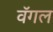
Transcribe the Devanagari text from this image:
वॅगल